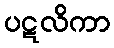
ပဋလိကာ